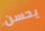
يحسن